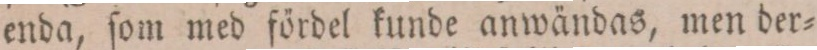
enda, ſom med fördel kunde anwändas, men der=